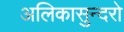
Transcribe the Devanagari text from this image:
अलिकासुन्दरो